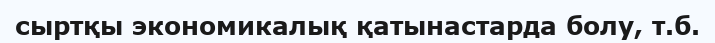
сыртқы экономикалық қатынастарда болу, т.б.